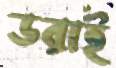
ডরাই